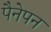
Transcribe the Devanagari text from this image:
पैनेपन